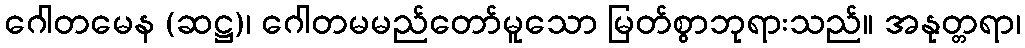
ဂေါတမေန (ဆဋ္ဌ)၊ ဂေါတမမည်တော်မူသော မြတ်စွာဘုရားသည်။ အနုတ္တရာ၊